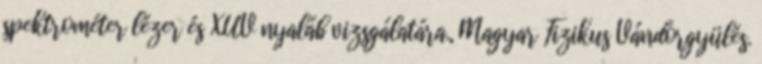
spektrométer lézer és XUV nyaláb vizsgálatára., Magyar Fizikus Vándorgyülés.